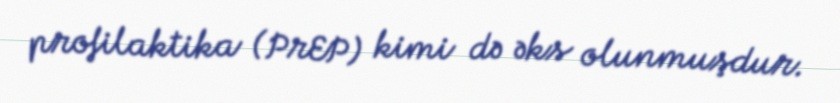
profilaktika (PrEP) kimi də əks olunmuşdur.